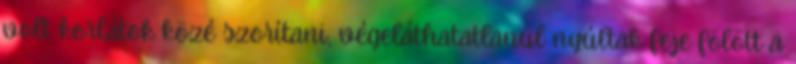
volt korlátok közé szorítani, végeláthatatlanul nyúltak feje fölött a